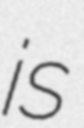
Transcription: is